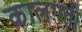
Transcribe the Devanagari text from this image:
कालगती